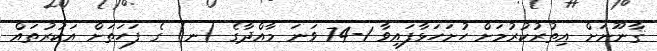
ޤާނޫނަށް އިތުރުކުރުމަށް ހުށަހަޅާފައިވާ 1-74 ވަނަ މާއްދާގެ (ނ) ގެ ފަހަތަށް އަކުރުތައް